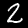
Label: 2